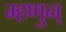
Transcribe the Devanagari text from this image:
म्हणुन्